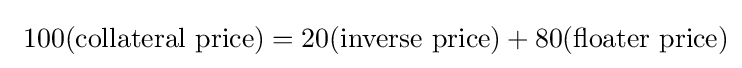
\ 100({\mbox{collateral price}})=20({\mbox{inverse price}})+80({\mbox{floater price}})